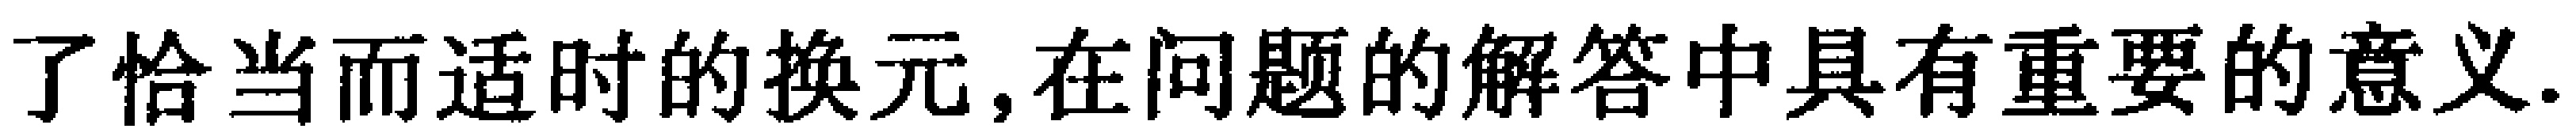
了恰当而适时的换元,在问题的解答中具有重要的意义.